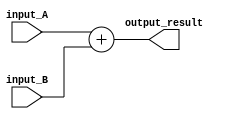
module Arithmetic_Block(input [7:0] input_A, input [7:0] input_B, output reg [7:0] output_result);

always @(input_A, input_B)
begin
    output_result <= input_A + input_B;
end

endmodule